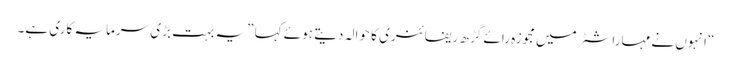
“ انہوں نے مہاراشٹر میں مجوزہ رائے گڑ ھ ریفائنری کا حوالہ دیتے ہوئے کہا ”یہ بہت بڑی سرمایہ کاری ہے۔